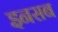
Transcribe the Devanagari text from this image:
इनसब